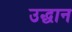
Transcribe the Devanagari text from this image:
उद्धान